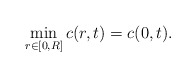
\begin{align*}\min_{r\in[0,R]}c(r,t)=c(0,t).\end{align*}